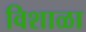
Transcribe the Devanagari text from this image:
विशाळा